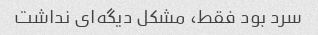
سرد بود فقط، مشکل دیگه‌ای نداشت